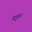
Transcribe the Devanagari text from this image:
मङ्त